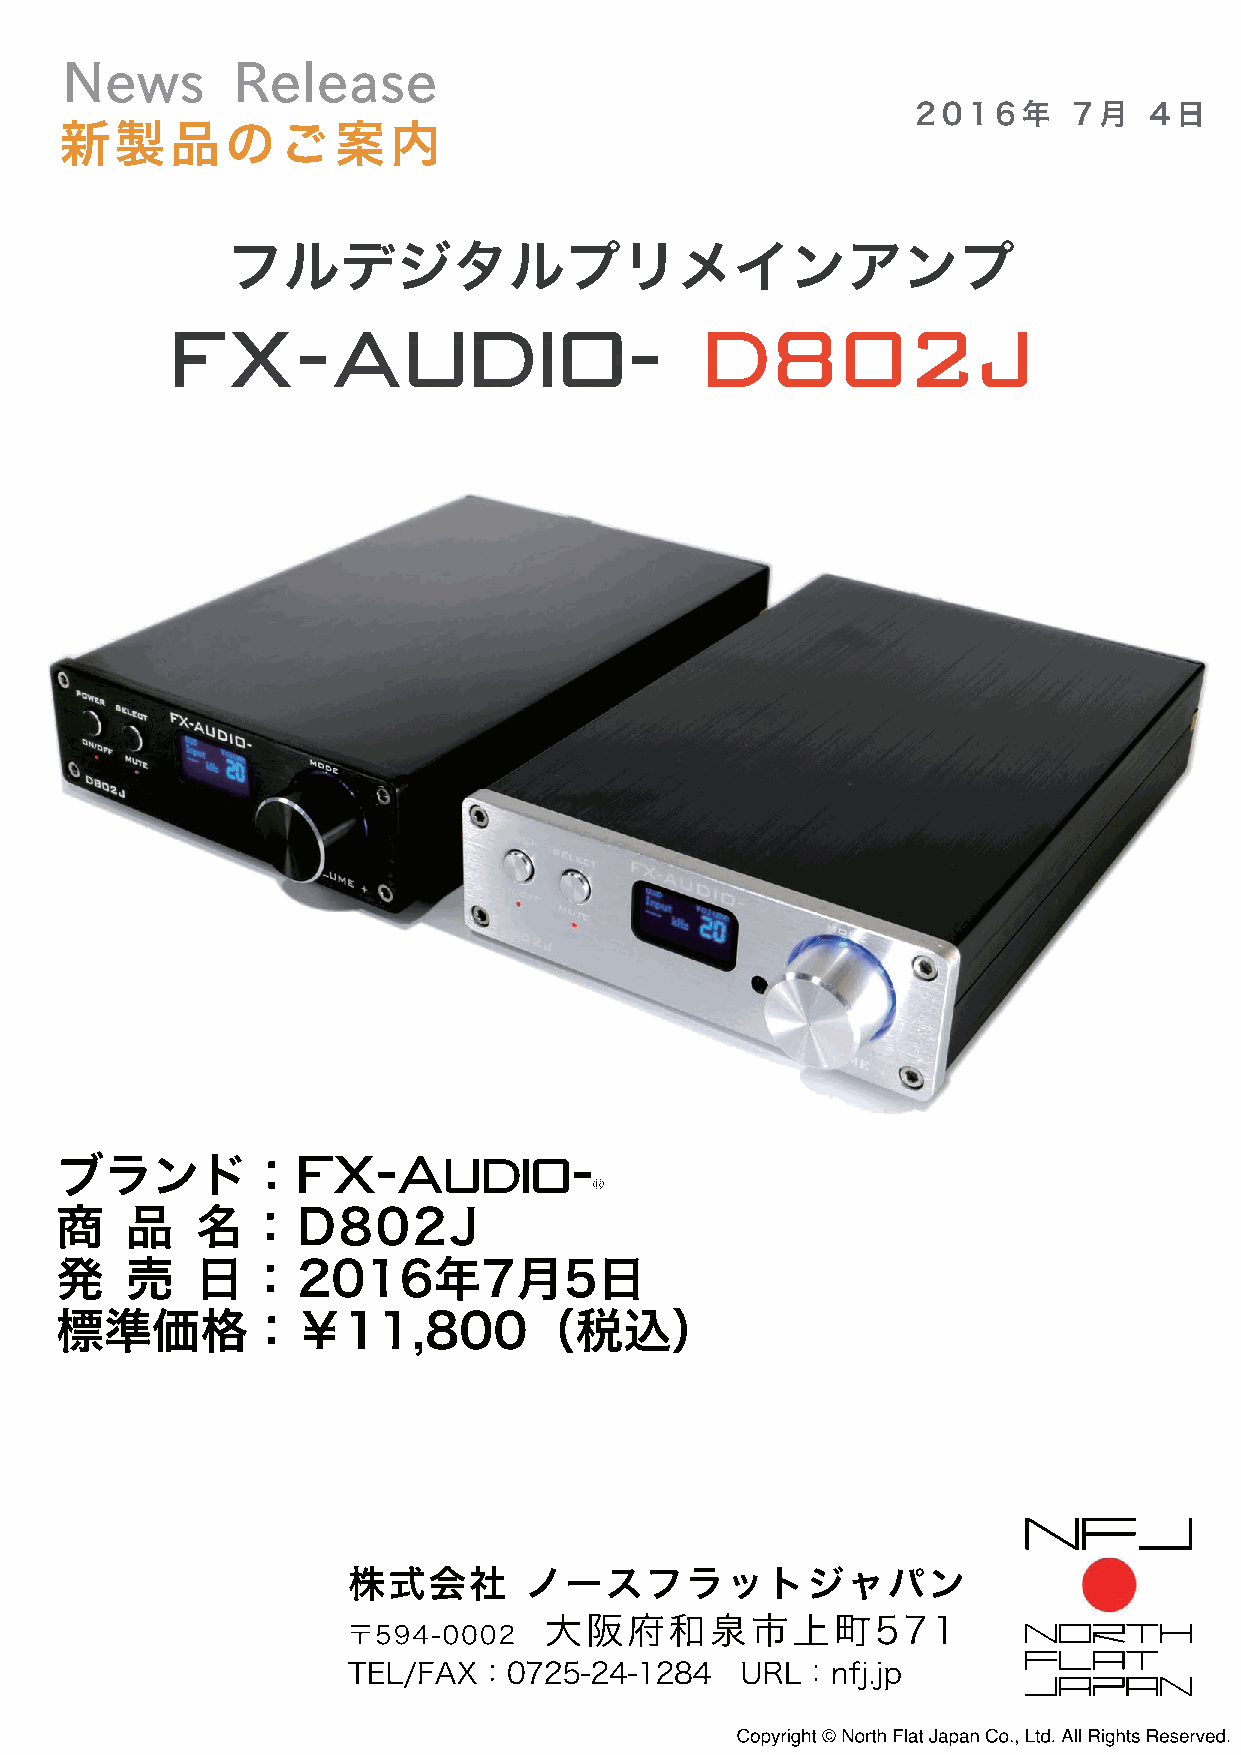
News       Release
 2016年     7月   4日
 新製品のご案内
 フルデジタルプリメインアンプ
 FX-Audio-d802J
 ブランド：FX-AUDIO-
 ®
 商   品    名：D802J
 発   売    日：2016年7月5日
 標準価格：￥11,800（税込）
 NFJ
 株式会社        ノースフラットジャパン
 NORTH
 大阪府和泉市上町571
 〒594-0002                                    FLAT
 JAPAN
 TEL/FAX：0725-24-1284      URL：nfj.jp
 Copyright © North Flat Japan Co., Ltd. All Rights Reserved.